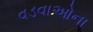
વડવાઓના